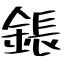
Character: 鋹